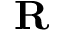
{ \bf R }